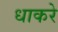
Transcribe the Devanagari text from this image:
धाकरे